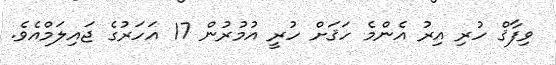
ވިފާޤް ހުރި އިރު އެންމެ ހަޤަށް ހުރީ އުމުރުން 17 އަހަރުގެ ޖައިލަމްއެވެ.